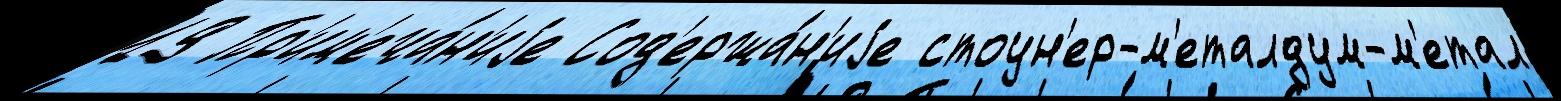
19 Пр'им'еча́н'иjе Сод'ержа́н'иjе стоун'ер-м'еталдум-м'етал